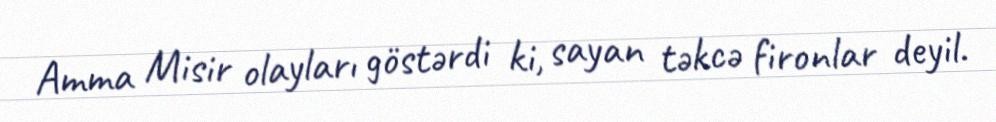
Amma Misir olayları göstərdi ki, sayan təkcə fironlar deyil.